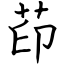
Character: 茚